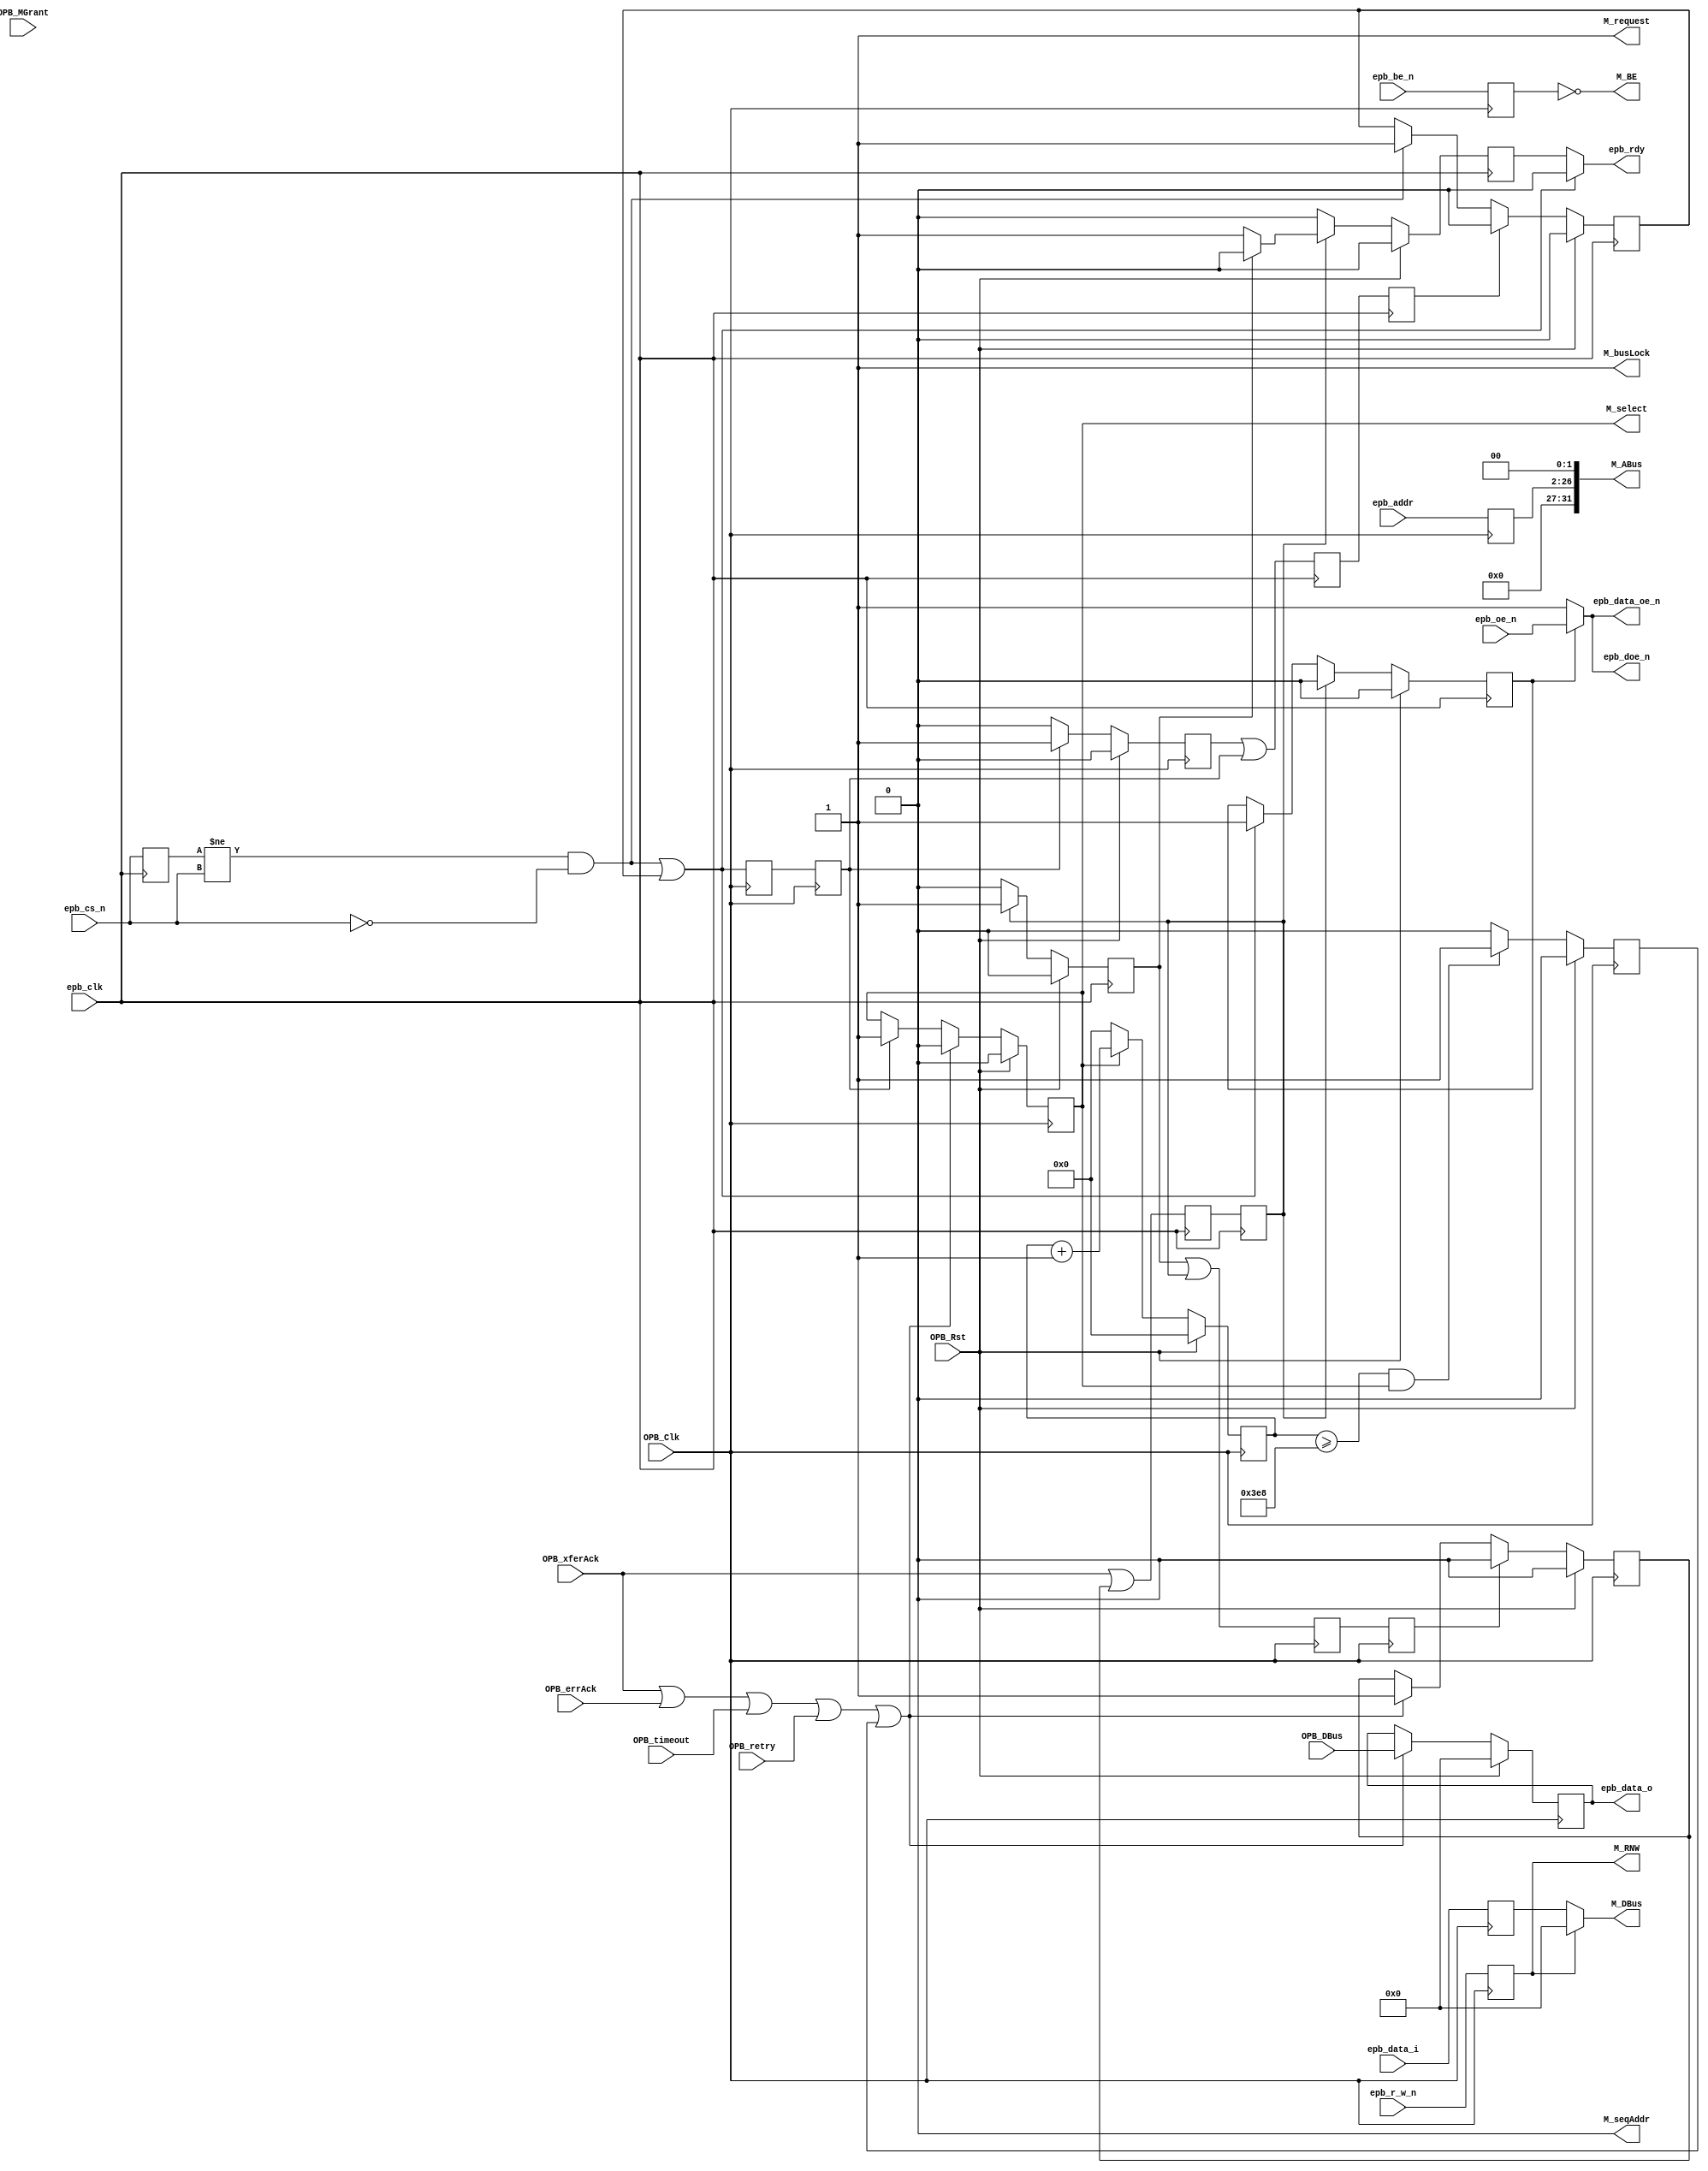
`timescale 1ns/10ps

module epb32_opb_bridge(
    input         OPB_Clk,
    input         OPB_Rst,
    output        M_request,
    output        M_busLock,
    output        M_select,
    output        M_seqAddr,
    output        M_RNW,
    output  [3:0] M_BE,
    output [31:0] M_ABus,
    output [31:0] M_DBus,
    input  [31:0] OPB_DBus,
    input         OPB_xferAck,
    input         OPB_errAck,
    input         OPB_MGrant,
    input         OPB_retry,
    input         OPB_timeout,
    
    input         epb_clk,
    input         epb_cs_n,
    input         epb_oe_n,
    input         epb_r_w_n,
    input   [3:0] epb_be_n,
    input  [5:29] epb_addr,
    input  [0:31] epb_data_i,
    output [0:31] epb_data_o,
    output        epb_data_oe_n,
    output        epb_rdy,
    output        epb_doe_n
  );

  assign M_seqAddr = 1'b0;
  assign M_busLock = 1'b1;
  assign M_request = 1'b1;

  /******* Common Signals *******/

  reg cmnd_got, cmnd_ack;
  reg resp_got, resp_ack;

  wire cmnd_got_unstable, cmnd_ack_unstable;
  wire resp_got_unstable, resp_ack_unstable;

  /******* EPB Bus control ******/

  reg cmnd_got_reg;
  reg prev_cs_n; 

  wire epb_trans = (prev_cs_n != epb_cs_n && !epb_cs_n);

  assign cmnd_got_unstable = epb_trans | cmnd_got_reg; 
  

  /* Command Generation */
  always @(posedge epb_clk) begin
    prev_cs_n <= epb_cs_n;
    if (OPB_Rst) begin
      cmnd_got_reg <= 1'b0;
    end else begin
      if (epb_trans) begin
        cmnd_got_reg <= 1'b1;      
      end

      if (cmnd_ack) begin
      //if (!epb_trans) begin
        cmnd_got_reg <= 1'b0;
      end
    end
  end

  /* Response Collection */

  reg resp_ack_reg;
  assign resp_ack_unstable = resp_ack_reg | resp_got;


  reg epb_rdy_int;
  assign epb_rdy = cmnd_got_unstable ? 1'b0 : epb_rdy_int;


  reg epb_data_oen_reg;
  assign epb_data_oe_n = epb_data_oen_reg ? epb_oe_n : 1'b1;
  assign epb_doe_n = epb_data_oe_n;

  always @(posedge epb_clk) begin
    //strobes 
    epb_rdy_int <= 1'b0; /* TODO: add tristate to this ? */
    if (OPB_Rst) begin
      resp_ack_reg <= 1'b0;
      epb_data_oen_reg <= 1'b0;
    end else begin
      if (cmnd_got_unstable) begin
        epb_rdy_int <= 1'b0;
        epb_data_oen_reg <= 1'b1;
      end
      if (resp_got) begin
        if (~resp_ack_reg) begin
          epb_rdy_int <= 1'b1;
        end
        resp_ack_reg <= 1'b1;
        epb_data_oen_reg <= 1'b0;
      end else begin
        resp_ack_reg <= 1'b0;
      end
    end
  end

  /**** WishBone Generation ****/
  reg [31:0] OPB_DBus_reg;
  assign epb_data_o = OPB_DBus_reg;

  /* Register everything */
  reg  [3:0] epb_be_n_reg;
  reg [24:0] epb_addr_reg;
  reg [31:0] epb_data_i_reg;
  reg        epb_r_w_n_reg;

  always @(posedge OPB_Clk) begin
    epb_be_n_reg   <= epb_be_n;
    epb_addr_reg   <= epb_addr;
    epb_data_i_reg <= epb_data_i;
    epb_r_w_n_reg  <= epb_r_w_n;
  end

  assign M_DBus   = M_RNW ? 32'b0 : epb_data_i_reg;
  wire [24:0] epb_addr_fixed = epb_addr_reg;
  assign M_ABus   = {epb_addr_fixed, 2'b0};
  assign M_BE       = ~epb_be_n_reg;
  assign M_RNW      = epb_r_w_n_reg;

  /* Command collection */

  reg M_select_reg;
  assign M_select = M_select_reg;
  
  reg cmnd_ack_reg;
  assign cmnd_ack_unstable = cmnd_ack_reg | cmnd_got;

  wire opb_reply;

  always @(posedge OPB_Clk) begin
    //strobes
    if (OPB_Rst) begin
      M_select_reg <= 1'b0;
      cmnd_ack_reg <= 1'b0;
    end else begin
      if (cmnd_got) begin
        M_select_reg <= 1'b1;
        cmnd_ack_reg <= 1'b1;
      end else begin
        cmnd_ack_reg <= 1'b0;
      end
      if (opb_reply)
        M_select_reg <= 1'b0;
    end
  end

  /* Response generation */
  wire internal_timeout;

  reg resp_got_reg;
  assign resp_got_unstable = OPB_xferAck | resp_got_reg;

  assign opb_reply = OPB_xferAck || OPB_errAck || OPB_timeout || OPB_retry || internal_timeout;

  always @(posedge OPB_Clk) begin
    if (OPB_Rst) begin
      resp_got_reg <= 1'b0;
      OPB_DBus_reg <= 32'b0;
    end else begin
      if (opb_reply) begin
        resp_got_reg <= 1'b1;
        OPB_DBus_reg <= OPB_DBus;
      end
      if (resp_ack) begin
        resp_got_reg <= 1'b0;
      end
    end
  end

  localparam BUS_TIMEOUT = 1000;
  reg [9:0] timeout_counter;

  reg internal_timeout_reg;
  assign internal_timeout = internal_timeout_reg;

  always @(posedge OPB_Clk) begin
    internal_timeout_reg <= 1'b0;

    timeout_counter <= timeout_counter + 10'b1;

    if (OPB_Rst) begin
      timeout_counter <= 10'b0;
    end else begin
      if (!M_select_reg)
        timeout_counter <= 10'b0;

      if (timeout_counter >= BUS_TIMEOUT  && M_select_reg)
        internal_timeout_reg <= 1'b1;
        
    end
  end

  /******** Clock Domain Crossing **********/

  reg resp_got_retimed;
  always @(posedge epb_clk) begin
    resp_got_retimed <= resp_got_unstable;
    resp_got         <= resp_got_retimed;
  end

  reg resp_ack_retimed;
  always @(posedge OPB_Clk) begin
    resp_ack_retimed <= resp_ack_unstable;
    resp_ack         <= resp_ack_retimed;
  end

  reg cmnd_got_retimed;
  always @(posedge OPB_Clk) begin
    cmnd_got_retimed <= cmnd_got_unstable;
    cmnd_got         <= cmnd_got_retimed;
  end

  reg cmnd_ack_retimed;
  always @(posedge epb_clk) begin
    cmnd_ack_retimed <= cmnd_ack_unstable;
    cmnd_ack         <= cmnd_ack_retimed;
  end

endmodule